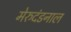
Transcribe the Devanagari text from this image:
मेरुदंडनाल